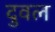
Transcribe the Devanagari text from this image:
दुवल